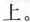
上。